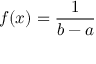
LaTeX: f ( x ) = { \frac { 1 } { b - a } }